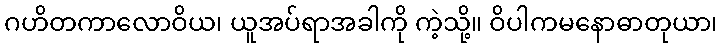
ဂဟိတကာလောဝိယ၊ ယူအပ်ရာအခါကို ကဲ့သို့။ ဝိပါကမနောဓာတုယာ၊